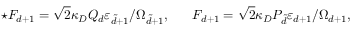
\star F _ { d + 1 } = \sqrt { 2 } \kappa _ { D } Q _ { d } \varepsilon _ { \tilde { d } + 1 } / \Omega _ { \tilde { d } + 1 } , \ \ \ \ \ F _ { d + 1 } = \sqrt { 2 } \kappa _ { D } P _ { \tilde { d } } \varepsilon _ { d + 1 } / \Omega _ { d + 1 } ,